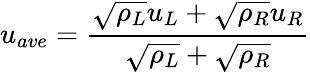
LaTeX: u_{ave}=\frac{\sqrt{\rho_{L}}u_{L}+\sqrt{\rho_{R}}u_{R}}{\sqrt{\rho_{L}}+\sqrt{\rho_{R}}}